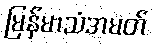
မြန်မာသံအမတ်